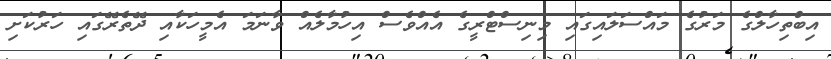
އިބްތިހާލްގެ މަރުގެ މައްސަލައިގައި މިނިސްޓްރީގެ އެއްވެސް އިހުމާލެއް ވާނަމަ އެމީހަކާއި ދޭތެރޭގައި ހަރުކަށި